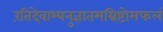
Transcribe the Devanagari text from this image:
रंतिदेवाभ्यनुज्ञातमग्निष्टोमफलं